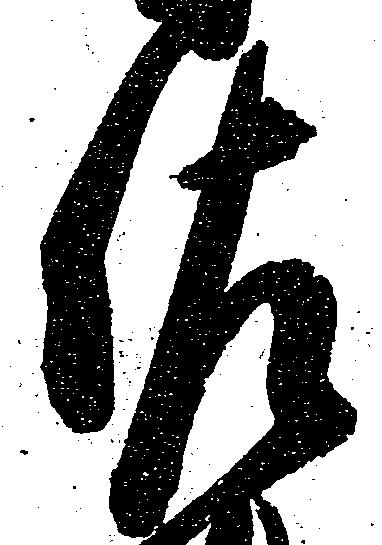
佐